Code of medical and sanitary regulations for the guidance of medical officers serving in the Madras Presidency - Volume II
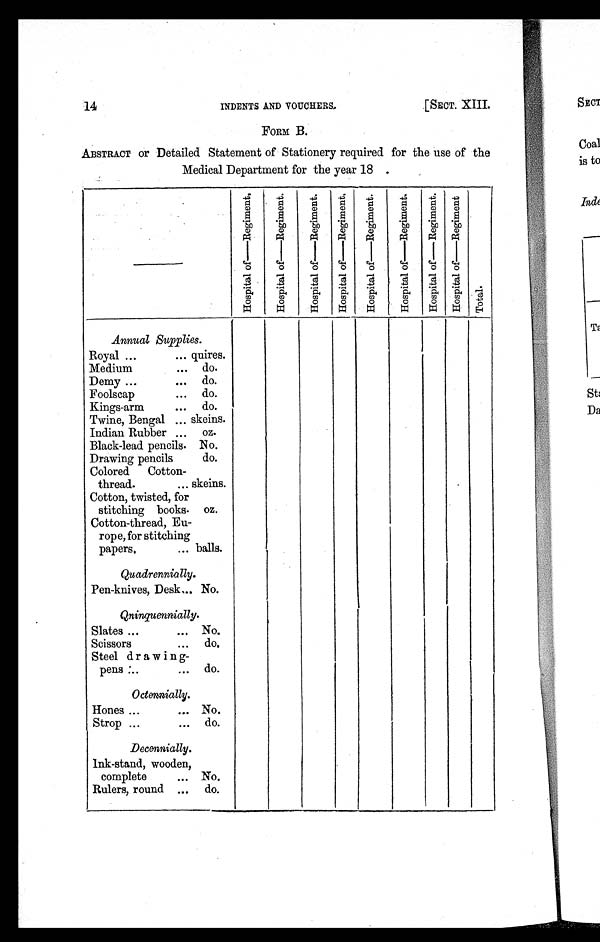
14
INDENTS AND VOUCHERS.
[SECT. XIII.
FORM B.
ABSTRACT or Detailed Statement of Stationery required for the use of the
Medical Department for the year 18
—
H o s p i t a l o f — R e g i m e n t .
H o s p i t a l o f — R e g i m e n t .
H o s p i t a l o f — R e g i m e n t .
H o s p i t a l o f — R e g i m e n t .
H o s p i t a l o f — R e g i m e n t . H o s p i t a l o f — R e g i m e n t .
H o s p i t a l o f — R e g i m e n t .
H o s p i t a l o f — R e g i m e n t .
T o t a l .
Annual Supplies.
Royal ...
... quires.
Medium
... do.
Demy ...
... do.
Foolscap
... do.
Kings-arm
... do.
Twine, Bengal ... skeins.
Indian Rubber ...
oz.
Black-lead pencils. No.
Drawing pencils
do.
Colored Cotton-
thread.
... skeins.
Cotton, twisted, for
stitching books. oz.
Cotton-thread, Eu-
rope, for stitching
papers.
... balls.
Quadrennially.
Pen-knives, Desk... No.
Qninquennially.
Slates ...
. . . No.
Scissors
...
do.
Steel drawing-
pens ...
... do.
Octennially.
Hones ...
... No.
Strop ...
... do.
Decennially.
Ink-stand, wooden,
complete
... No.
Rulers, round ...
do.